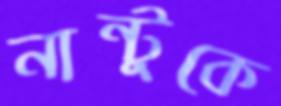
নান্টুকে